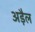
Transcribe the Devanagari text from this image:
अड़ैल